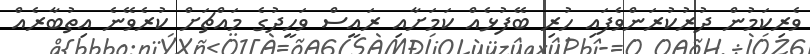
ވެރިކަމުން ދުރުކުރަންވެފައި ހުރި ބޭފުޅެއް ކަމަށާއި ރައީސް ވަހީދުގެ މައްޗަށް ކުރެވޭނެ އިތުބާރެއް